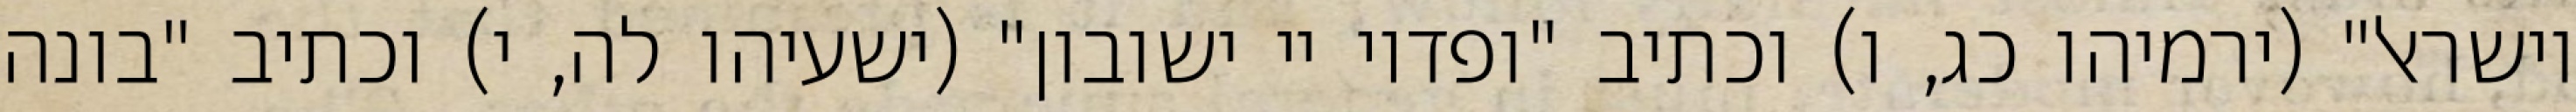
וישראל" (ירמיהו כג, ו) וכתיב "ופדוי יי ישובון" (ישעיהו לה, י) וכתיב "בונה